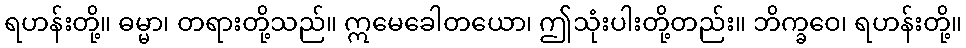
ရဟန်းတို့။ ဓမ္မာ၊ တရားတို့သည်။ ဣမေခေါတယော၊ ဤသုံးပါးတို့တည်း။ ဘိက္ခဝေ၊ ရဟန်းတို့။